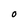
Character: O